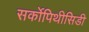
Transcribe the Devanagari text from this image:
सर्कोपिथीसिडी